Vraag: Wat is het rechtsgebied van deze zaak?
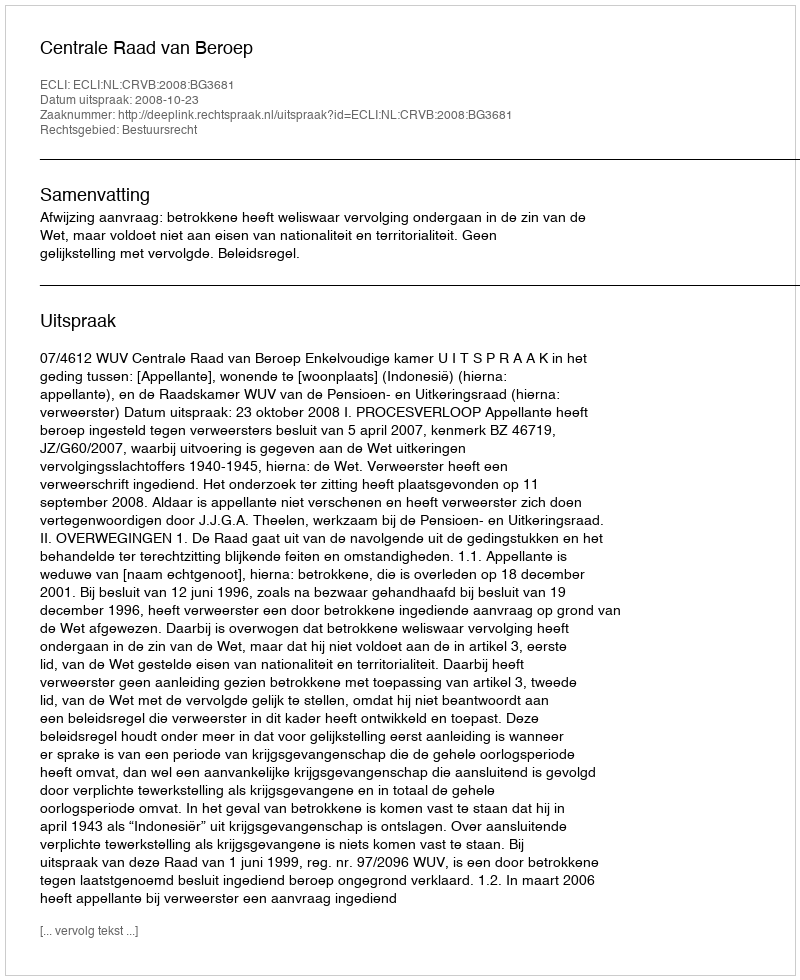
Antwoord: Bestuursrecht